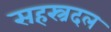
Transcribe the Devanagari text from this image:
सहस्त्रदल